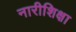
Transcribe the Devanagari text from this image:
नारीशिक्षा